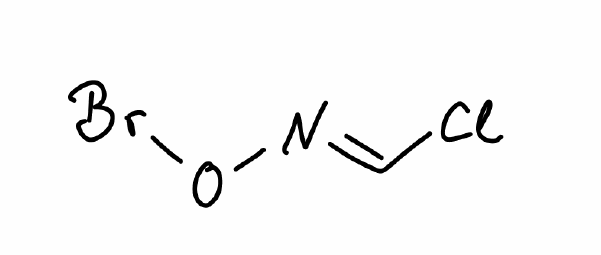
Simplified molecular-input line-entry system (SMILES) notation of the given molecule:
C(=N/OBr)\Cl